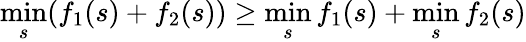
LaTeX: \operatorname*{min}_{s}(f_{1}(s)+f_{2}(s))\ge\operatorname*{min}_{s}f_{1}(s)+\operatorname*{min}_{s}f_{2}(s)